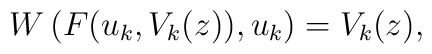
W\left( F(u_k,V_k(z)),u_k\right) =V_k(z),